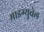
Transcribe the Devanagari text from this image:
माइग्युवेल